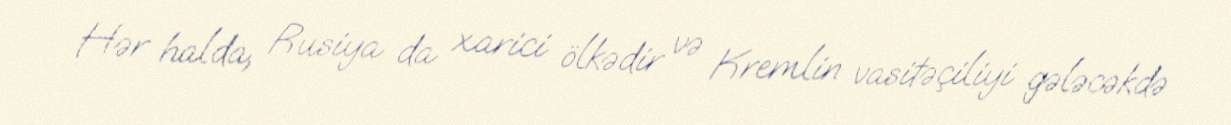
Hər halda, Rusiya da xarici ölkədir və Kremlin vasitəçiliyi gələcəkdə